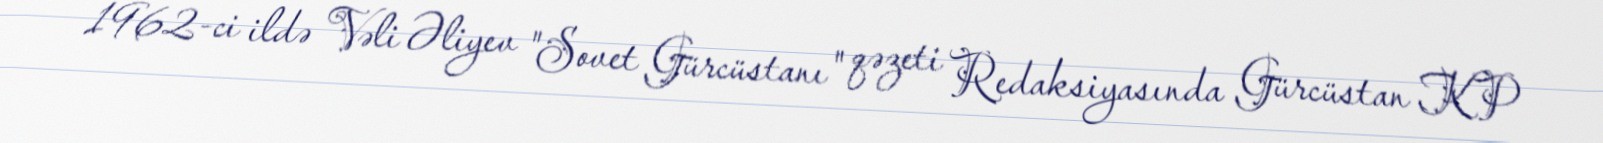
1962-ci ildə Vəli Əliyev "Sovet Gürcüstanı" qəzeti Redaksiyasında Gürcüstan KP